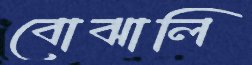
বোঝালি